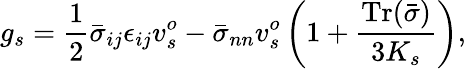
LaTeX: g_{s}=\frac{1}{2}\bar{\sigma}_{ij}\epsilon_{ij}v_{s}^{o}-\bar{\sigma}_{nn}v_{s}^{o}\left(1+\frac{\mathrm{Tr}(\bar{\sigma})}{3K_{s}}\right),